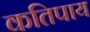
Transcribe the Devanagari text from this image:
कतिपाय